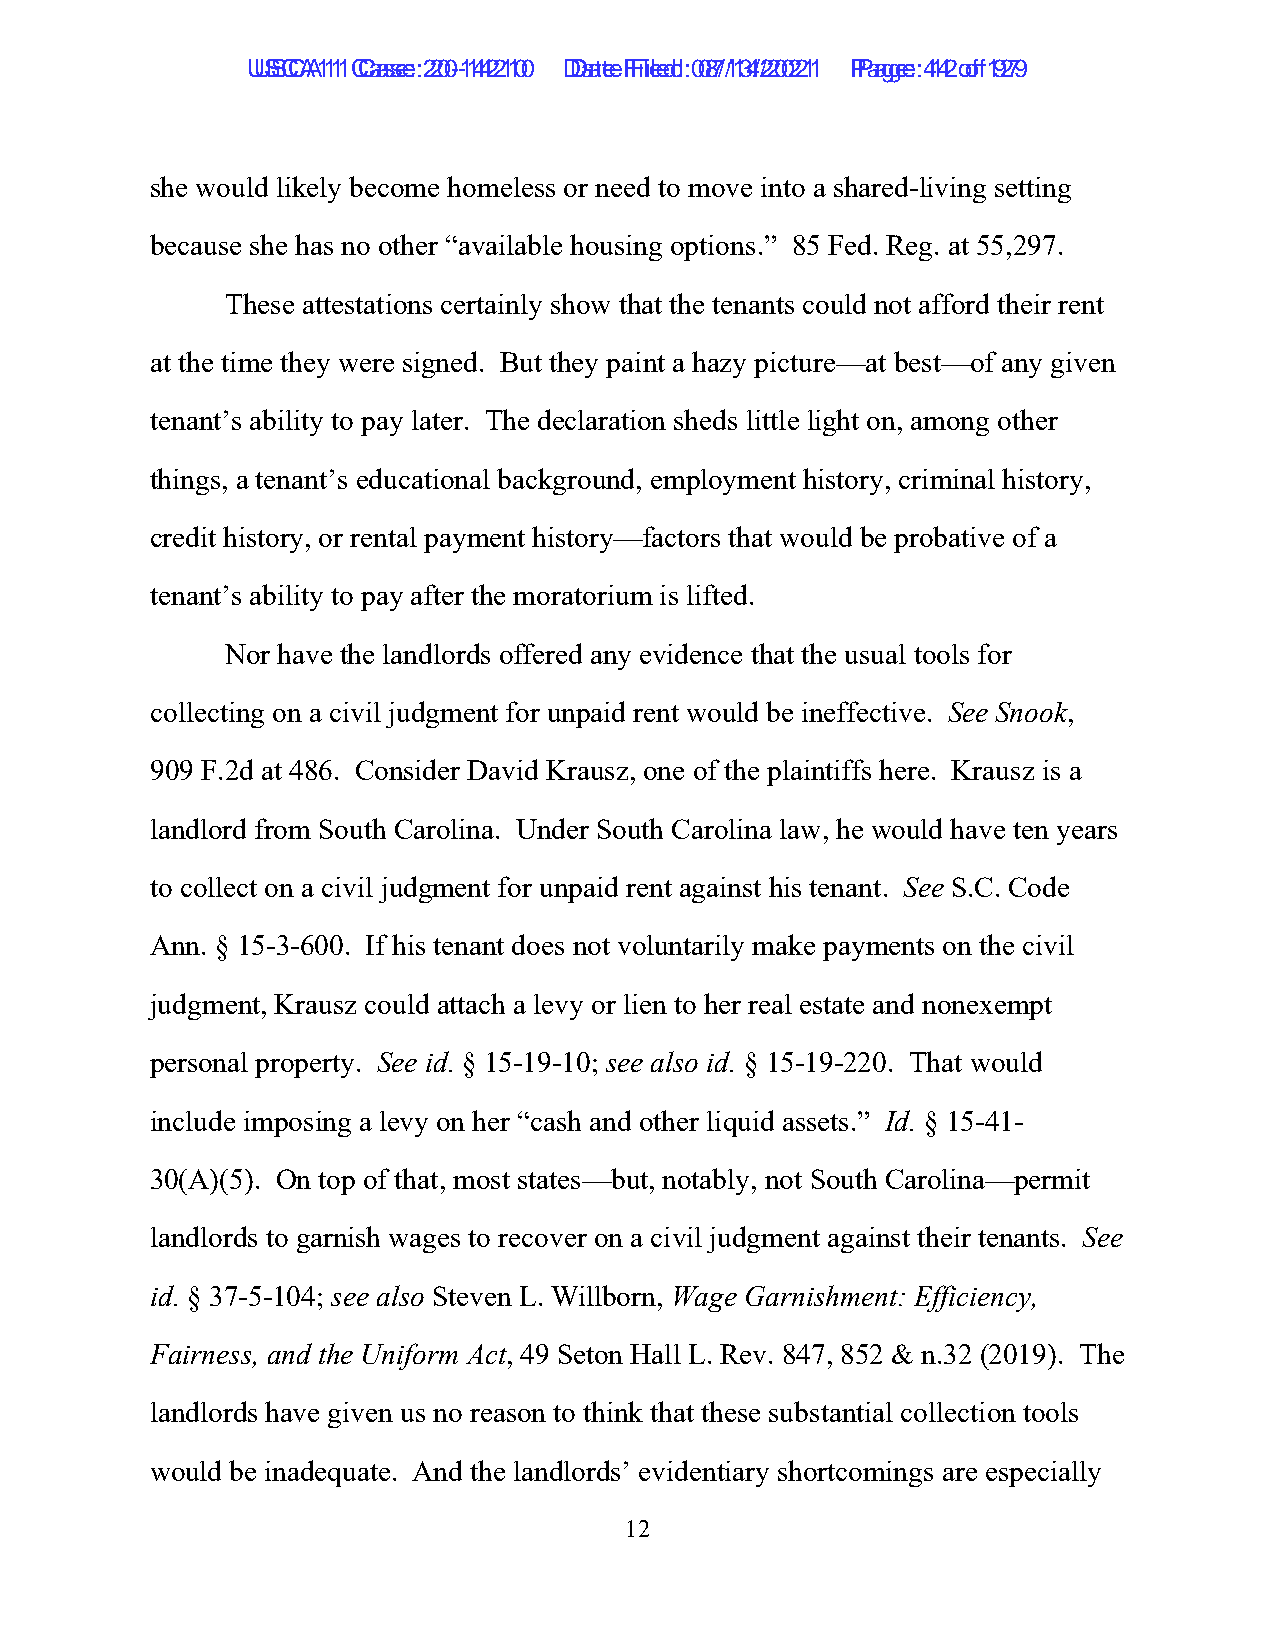
UUSSCCAA1111 C Caassee: :2 200--1144221100 D Daatete F Filieledd: :0 087/1/134/2/2002211 P Paaggee: :4 142 o of f1 9279
 she would likely become homeless or need to move into a shared-living setting
 because she has no other “available housing options.” 85 Fed. Reg. at 55,297.
 These attestations certainly show that the tenants could not afford their rent
 at the time they were signed. But they paint a hazy picture—at best—of any given
 tenant’s ability to pay later. The declaration sheds little light on, among other
 things, a tenant’s educational background, employment history, criminal history,
 credit history, or rental payment history—factors that would be probative of a
 tenant’s ability to pay after the moratorium is lifted.
 Nor have the landlords offered any evidence that the usual tools for
 collecting on a civil judgment for unpaid rent would be ineffective. See Snook,
 909 F.2d at 486. Consider David Krausz, one of the plaintiffs here. Krausz is a
 landlord from South Carolina. Under South Carolina law, he would have ten years
 to collect on a civil judgment for unpaid rent against his tenant. See S.C. Code
 Ann. § 15-3-600. If his tenant does not voluntarily make payments on the civil
 judgment, Krausz could attach a levy or lien to her real estate and nonexempt
 personal property. See id. § 15-19-10; see also id. § 15-19-220. That would
 include imposing a levy on her “cash and other liquid assets.” Id. § 15-41-
 30(A)(5). On top of that, most states—but, notably, not South Carolina—permit
 landlords to garnish wages to recover on a civil judgment against their tenants. See
 id. § 37-5-104; see also Steven L. Willborn, Wage Garnishment: Efficiency,
 Fairness, and the Uniform Act, 49 Seton Hall L. Rev. 847, 852 & n.32 (2019). The
 landlords have given us no reason to think that these substantial collection tools
 would be inadequate. And the landlords’ evidentiary shortcomings are especially
 12